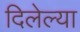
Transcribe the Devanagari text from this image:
दिलेल्‍या